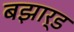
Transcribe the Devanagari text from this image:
बझार्ड